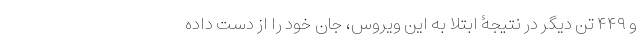
و ۴۴۹ تن دیگر در نتیجۀ ابتلا به این ویروس، جان خود را از دست داده